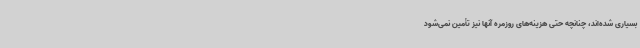
بسیاری شده‌اند، چنانچه حتی هزینه‌های روزمره آنها نیز تأمین نمی‌شود